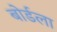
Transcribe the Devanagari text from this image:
बोर्डला